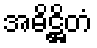
အဓိဋ္ဌိတံ